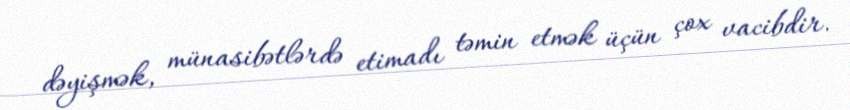
dəyişmək, münasibətlərdə etimadı təmin etmək üçün çox vacibdir.